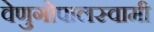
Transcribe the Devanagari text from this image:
वेणुगोपालस्‍वामी